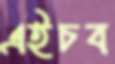
এইচব